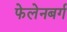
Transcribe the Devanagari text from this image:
फेलेनबर्ग